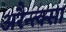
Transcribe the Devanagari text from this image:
अरैन्त्क्सा